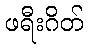
ဖရီးဂိတ်